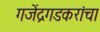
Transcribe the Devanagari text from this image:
गजेंद्रगडकरांचा